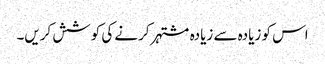
اس کو زیادہ سے زیادہ مشتہر کرنے کی کوشش کریں۔